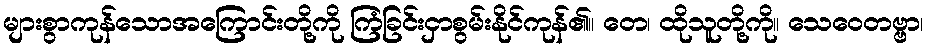
များစွာကုန်သောအကြောင်းတို့ကို ကြံခြင်းငှာစွမ်းနိုင်ကုန်၏။ တေ၊ ထိုသူတို့ကို။ သေဝေတဗ္ဗာ၊